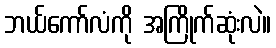
ဘယ်ကော်လံကို အကြိုက်ဆုံးလဲ။